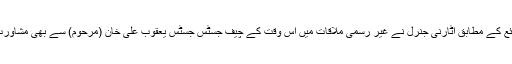
باوثوق ذرائع کے مطابق اٹارنی جنرل نے غیر رسمی ملاقات میں اُس وقت کے چیف جسٹس جسٹس یعقوب علی خان (مرحوم) سے بھی مشاورت کی تھی۔